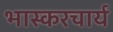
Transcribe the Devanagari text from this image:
भास्करचार्य